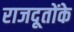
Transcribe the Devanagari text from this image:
राजदूतोंके